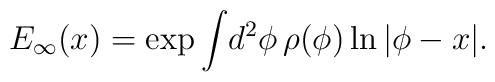
E_{\infty}(x) = \exp\int\! d^{2}\phi\, \rho(\phi) \ln |\phi -x|.